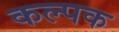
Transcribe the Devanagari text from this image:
कल्‍पक